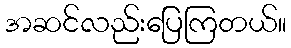
အဆင်လည်းပြေကြတယ်။